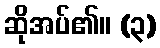
ဆိုအပ်၏။ (၃)